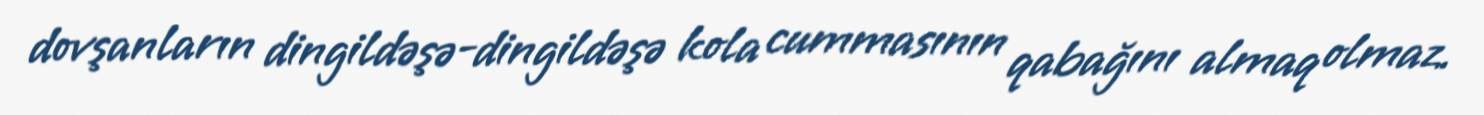
dovşanların dingildəşə-dingildəşə kola cummasının qabağını almaq olmaz.